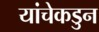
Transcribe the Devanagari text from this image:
यांचेकडुन